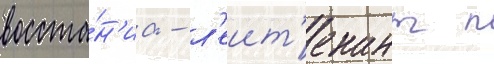
восста́н'иа - л'еит'енант п